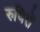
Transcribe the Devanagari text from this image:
रुधिरों